Epidemic dropsy in Calcutta - Number 49
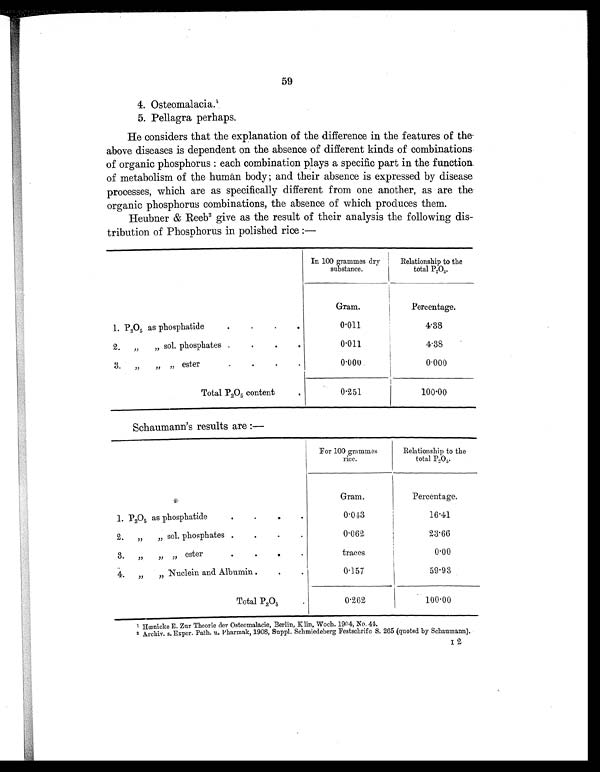
59
1
He considers that the explanation of the difference in the features of the
above diseases is dependent on the absence of different kinds of combinations
of organic phosphorus: each combination plays a specific part in the function.
of metabolism of the human body; and their absence is e xpressed by disease
processes, which are as specifically different from one another, as are the
organic phosphorus combinations, the absence of which produces them.
Heubner & Reeb 2 give as the result of their analysis the following dis-
tribution of Phosphorus in polished rice:—
In 100 grammes dry
substance.
Relationship to the
total P2O5.
Gram.
Percentage.
1. P205 as phosphatide
•
•
•
•
0.011
4.38
2. „ „ sol phosphates .
.
.
.
0.011
4.38
3. ,, „ ester.
•
•
•
0.000
0.000
Total P205 content.
0 . 251
100.00
Schaumann' s results are :—
For 100 grammes
rice.
Relationship to the
total
P20 5.
Gram.
Percentage.
1. P20 5 as phosphatide.
•
0.043
16.41
2. „ „ sol. phosphates .
.
.
.
0.062
23.66
3. „ „ „ ester
•
•
.
.
traces
0.00
4. „ „ Nuclein and Albumin .
. .
0.157
59.93
Total P205
0.262
100.00
1 Hœnicke E. Zur Theorie der Osteomalacie, Berlin, Klin, Woch. 1904, No. 44.
2 Archiv. s. Exper. Path. u. Pharmak, 1908, Suppl. Schmiedeberg Festschrifc S. 265 (quoted by Scbaumann).
I 2